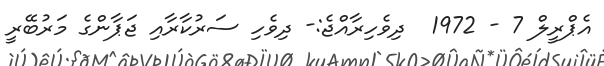
އެޕްރީލް 7 - 1972  ދިވެހިރާއްޖެ:- ދިވެހި ސަރުކާރާއި ޖަޕާންގެ މަރުބޭރީ